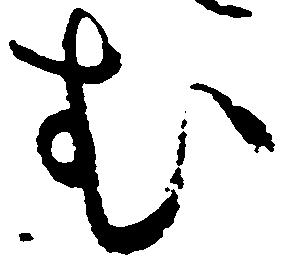
む